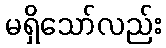
မရှိသော်လည်း